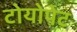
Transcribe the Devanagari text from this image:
टोयोपेट